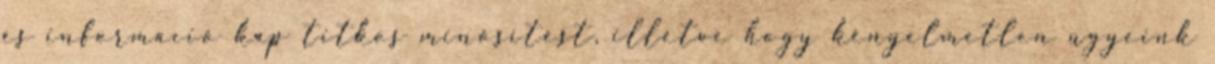
és információ kap titkos minősítést, illetve hogy kényelmetlen ügyeink